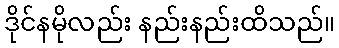
ဒိုင်နမိုလည်း နည်းနည်းထိသည်။